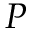
P